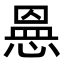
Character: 𭝾